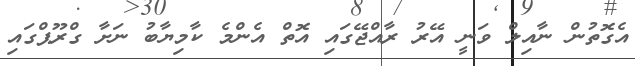
އެގޮތުން ނާއިލް ވަނީ އޭރު ރާއްޖޭގައި އޮތް އެންމެ ކާމިޔާބު ނަށާ ގްރޫޕްގައި